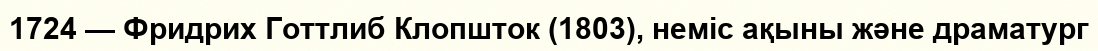
1724 — Фридрих Готтлиб Клопшток (1803), неміс ақыны және драматург